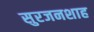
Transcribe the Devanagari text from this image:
सुरजनशाह